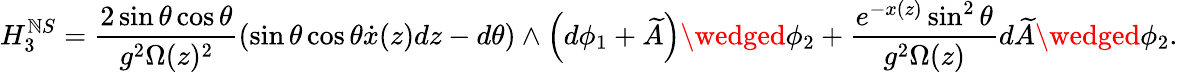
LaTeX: H_{3}^{\mathbb{N}S}=\frac{{2\sin{\theta}\cos{\theta}}}{{g^{2}\Omega(z)^{2}}}\left(\sin{\theta}\cos{\theta}\dot{{x}}(z)dz-d\theta\right)\wedge\left(d\phi_{1}+\widetilde{{A}}\right)\wedged\phi_{2}+\frac{{e^{-x(z)}\sin^{2}{\theta}}}{{g^{2}\Omega(z)}}d\widetilde{{A}}\wedged\phi_{2}.